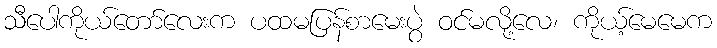
သီပေါကိုယ်တော်လေးက ပထမပြန်စာမေးပွဲ ဝင်မလို့လေ၊ ကိုယ့်မေမေက